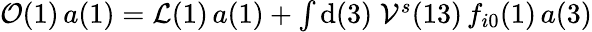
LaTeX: \begin{array}{r}{\mathcal{O}(1)\, a(1)=\mathcal{L}(1)\, a(1)+\int\mathrm{d}(3)\; \mathcal{V}^{s}(13)\, f_{i0}(1)\, a(3)}\end{array}